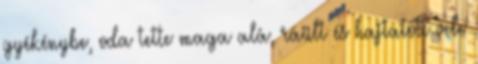
gyékénybe, oda tette maga alá, ráült és hajtatott vele